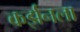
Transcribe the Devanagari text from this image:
कर्झनला